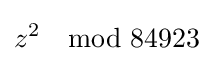
z^{2}\mod 84923